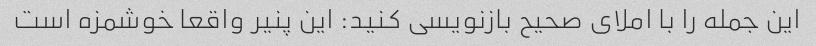
این جمله را با املای صحیح بازنویسی کنید: این پنیر واقعا خوشمزه است